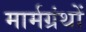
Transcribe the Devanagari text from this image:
मार्मग्रंथों